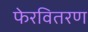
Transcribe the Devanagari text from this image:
फेरवितरण